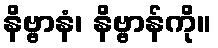
နိဗ္ဗာနံ၊ နိဗ္ဗာန်ကို။